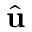
\hat { \bf { u } }